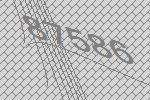
87586